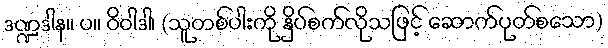
ဒဏ္ဍဒါန။ ပ။ ဝိဝါဒါ၊ (သူတစ်ပါးကို နှိပ်စက်လိုသဖြင့် ဆောက်ပုတ်စသော)